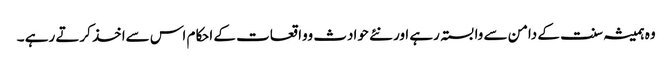
وہ ہمیشہ سنت کے دامن سے وابستہ رہے اور نئے حوادث وواقعات کے احکام اس سےاخذ کرتے رہے ۔